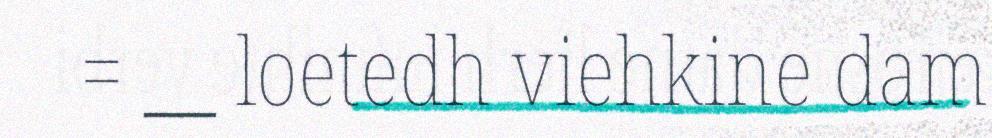
= __ loetedh viehkine dam